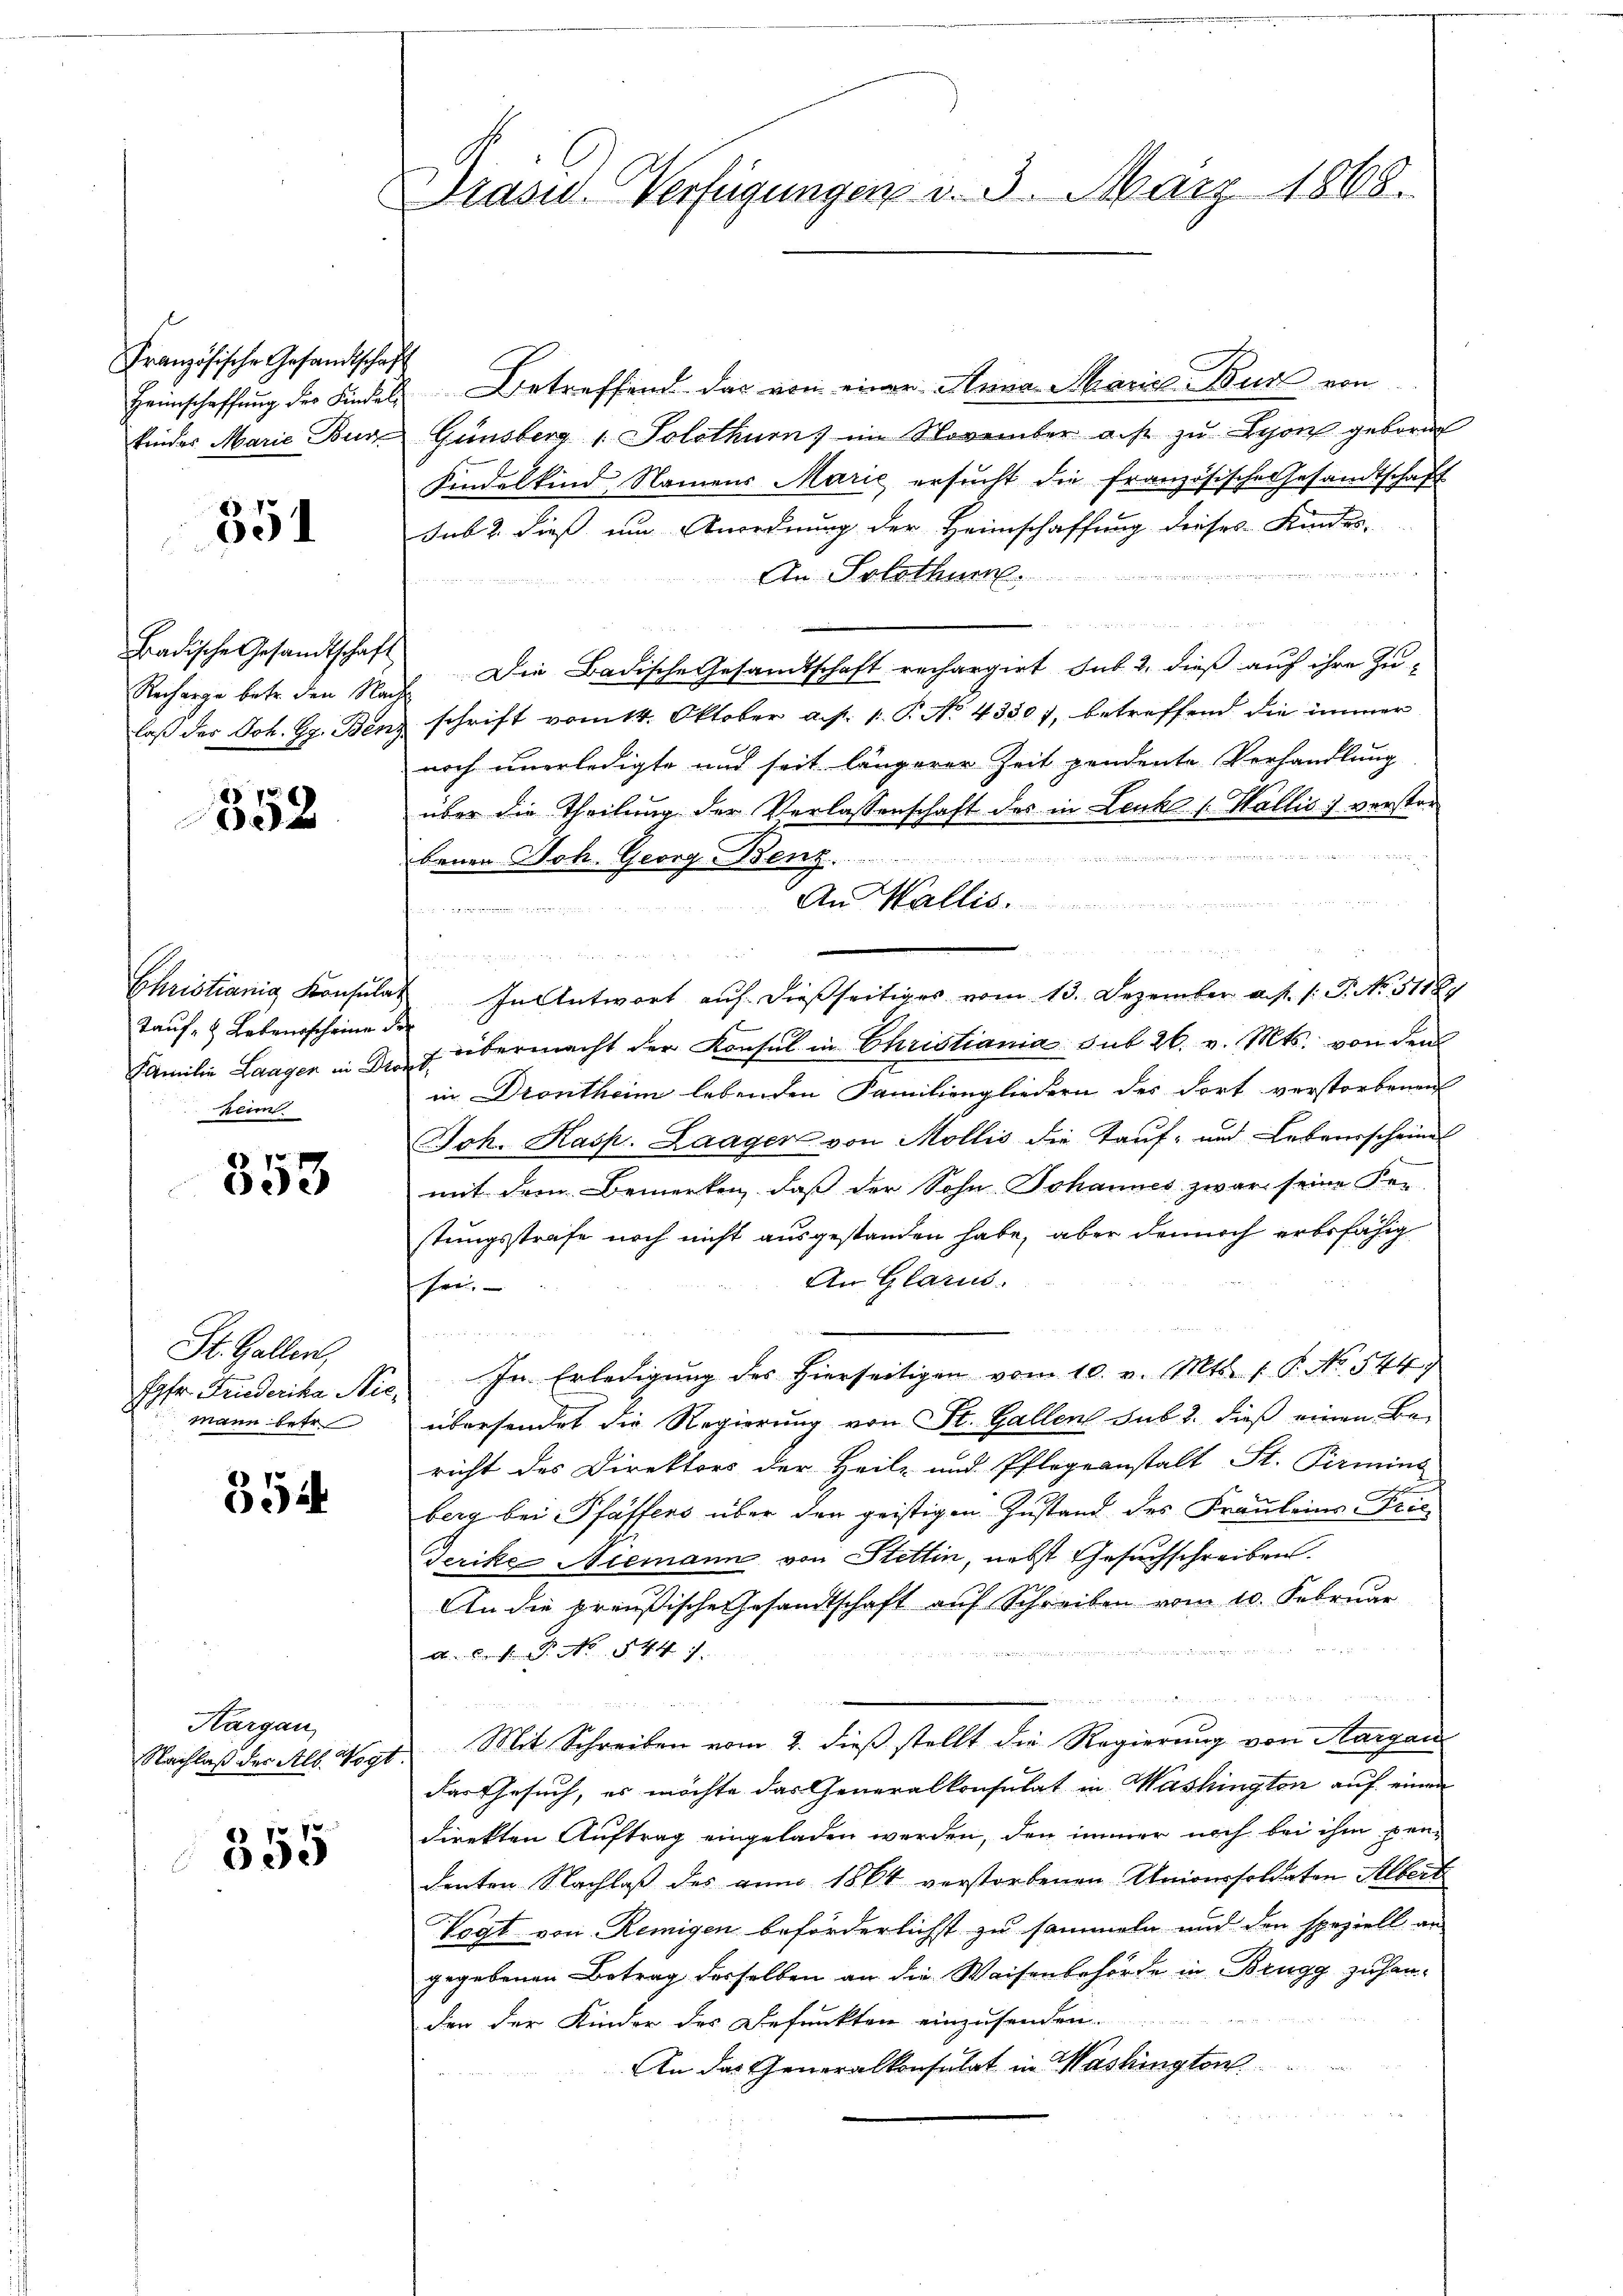
Französische Gesandtschaf
Heimschaffung des Kindel
kinder Marie Bur

351

Badische Gesandtschaft
Recharge betr. den Nach
laß der Joh. Gg. Ben¬

352

Christianig Konsula
Tauf- & Lebensscheine
Familie Laagen in Dro
kenn

353

St. Gallen,
Jgfr. Friederika Nic
mann betr

354

Hargau,
Nachlaß der Alb. Vogt

355

Präsid. Verfügungen v. 3. März 1868.

Betreffend das von einer Anna Mariel Bur von
Günsberg 1. Solothurn, im November auf zŭ Lyon geborn
Kindelkind Namens Marie ersŭcht die französische Gesandtschaft
sub 2. dieß um Anordnung der Heimschaffung dieses Kindes-

An Solothur.

Die Badische Gesandtschaft rechargirt sub 2, dieß auch ihre Zu-
schrift vom 14. Oktober a. p. 1. P. No. 43307, betreffend die immer
noch unerledigte und seit längerer Zeit pendente Verhandlung
über die Theilung der Verlassenschaft des in Leuk „Wallis, verstor
124

bauen Joh. Georg Benz.
An Wallis.
 immen

R Br
d
In Antwort auf dießseitiges vom 13. Dezember a. f. 1: P. No. 5116.
 übermacht der Konsul in Christiania sub 26. v. Mts. von den
in Drontheim lebenden Familiengliedern des dort verstorbenen
Joh. Kasp. Laager von Mollis die Tauf- und Lebensscheine
mit dem Bemerken, daß der Sohn Johannes zwar seine Restungsstrafe noch nicht ausgestanden habe, aber dennoch erbsfähig
An Glarus
schrei
deser werden sei ihm in in den der
In Erledigung des hierseitigen vom 10. v. Mts. 1 P. No. 544,
übersendet die Regierung von St. Gallen sub 2. dieß einen Be-
richt des Direktors der Heile und Pflegeanstalt St. Permins
berg bei Pfaffens über den geistigen Zustand des Fräuleins Fris
Terike Niemann von Stettin, nebst Gesuchschreiben.

An die preußische Gesandtschaft auf Schreiben von 10. Februar
 4 x

A. P. No 544).
2 f 0 x
Mit Schreiben vom 2. dieß stellt die Regierung von Aargau
das Gesuch, es möchte das Generalkonsulat in Mashington auf einen
direkten Auftrag eingeladen werden, den immer noch bei ihm pendenten Nachlaß des zum 1864 verstorbenen Unionsoldaten Albert
Vogt von Remigen beförderlichst zu sammeln und den speziell an-
gegebenen Betrag derselben an die Waisenbehörde in Brugg zu handen der Kinder des Befunkten einzusenden.
An das Generalkonsulat in Washington